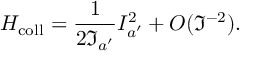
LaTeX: H _ { \mathrm { c o l l } } = \frac { 1 } { 2 \Im _ { a ^ { \prime } } } I _ { a ^ { \prime } } ^ { 2 } + { \cal O } ( \Im ^ { - 2 } ) .